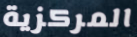
المركزية